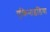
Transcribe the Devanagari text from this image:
एकिनाइडिया